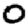
Digit: 0